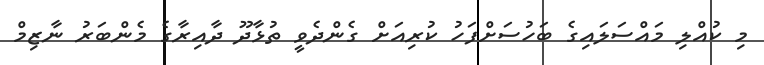
މި ކުއްލި މައްސަލައިގެ ބަހުސަށްފަހު ކުރިއަށް ގެންދެވީ ތުޅާދޫ ދާއިރާގެ މެންބަރު ނާޒިމް